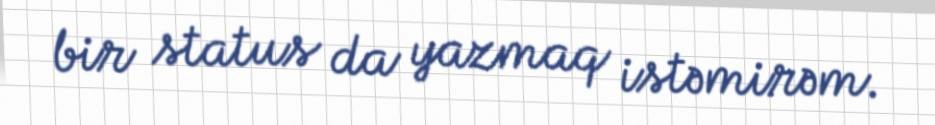
bir status da yazmaq istəmirəm.